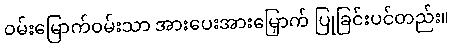
ဝမ်းမြောက်ဝမ်းသာ အားပေးအားမြှောက် ပြုခြင်းပင်တည်း။